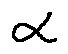
\alpha